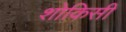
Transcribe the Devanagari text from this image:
शोकिसी